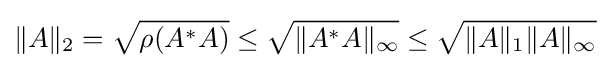
\|A\|_{2}={\sqrt {\rho (A^{*}A)}}\leq {\sqrt {\|A^{*}A\|_{\infty }}}\leq {\sqrt {\|A\|_{1}\|A\|_{\infty }}}